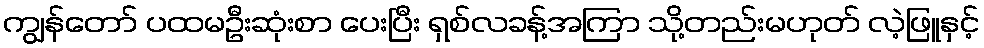
ကျွန်တော် ပထမဦးဆုံးစာ ပေးပြီး ရှစ်လခန့်အကြာ သို့တည်းမဟုတ် လဲ့ဖြူနှင့်